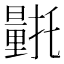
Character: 𮡛